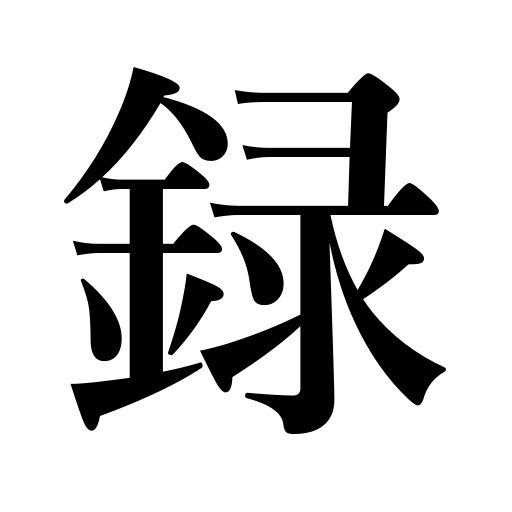
Meanings: record